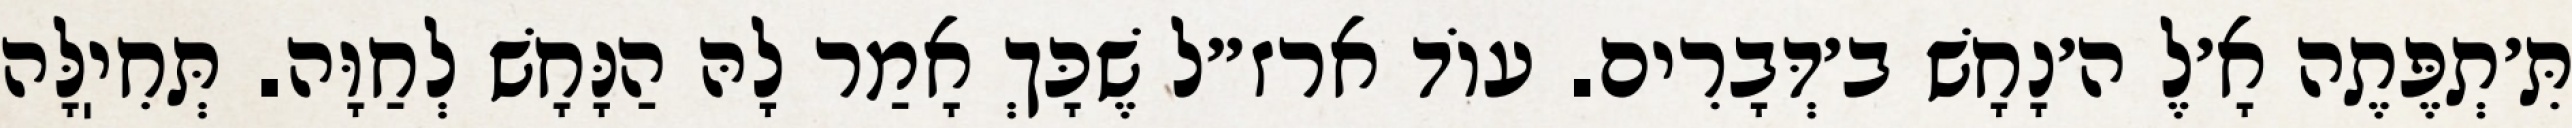
תִּ׳תְפֶּתֶה אָ׳לֶ ה׳נָחָשׁ ב׳דְּבָרִים. עוֹד ארז״ל שֶׁכָּךְ אָמַר לָהּ הַנָּחָשׁ לְחַוָּה. תְּחִיֽלָּה